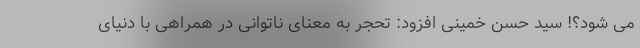
می شود؟! سید حسن خمینی افزود: تحجر به معنای ناتوانی در همراهی با دنیای